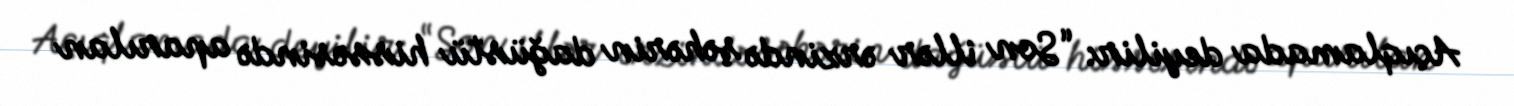
Açıqlamada deyilir: “Son illər ərzində şəhərin dağüstü hissəsində aparılan